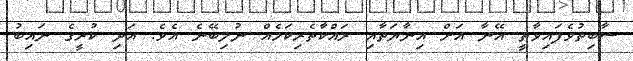
ސާބިތުވެފައިވާތީ އޭނާ އަށް އިނާޔަތާއި ރައްކާތެރިކަމެއް ނުލިބޭނެ އެވެ. އަދި ކުރީގެ ނައިބު